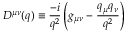
D ^ { \mu \nu } ( q ) \equiv { \frac { - i } { q ^ { 2 } } } \left( g _ { \mu \nu } - { \frac { q _ { \mu } q _ { \nu } } { q ^ { 2 } } } \right)